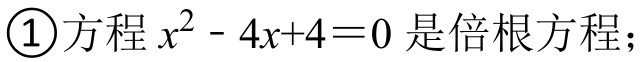
\textcircled{1}方程 \(x^{2}-4x + 4 = 0\) 是倍根方程；